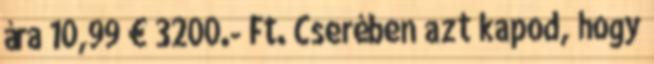
ára 10,99 € 3200.- Ft. Cserében azt kapod, hogy